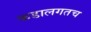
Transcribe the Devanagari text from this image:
कडालगतच